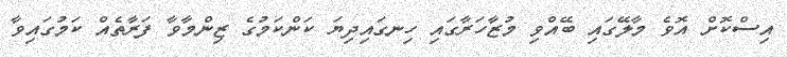
އިސްކޮށް އޮވެ މާލޭގައި ބޭއްވި މުޒާހަރާގައި ހިނގައިދިޔަ ކަންކަމުގެ ޒިންމާވާ ފަރާތެއް ކަމުގައިވާ